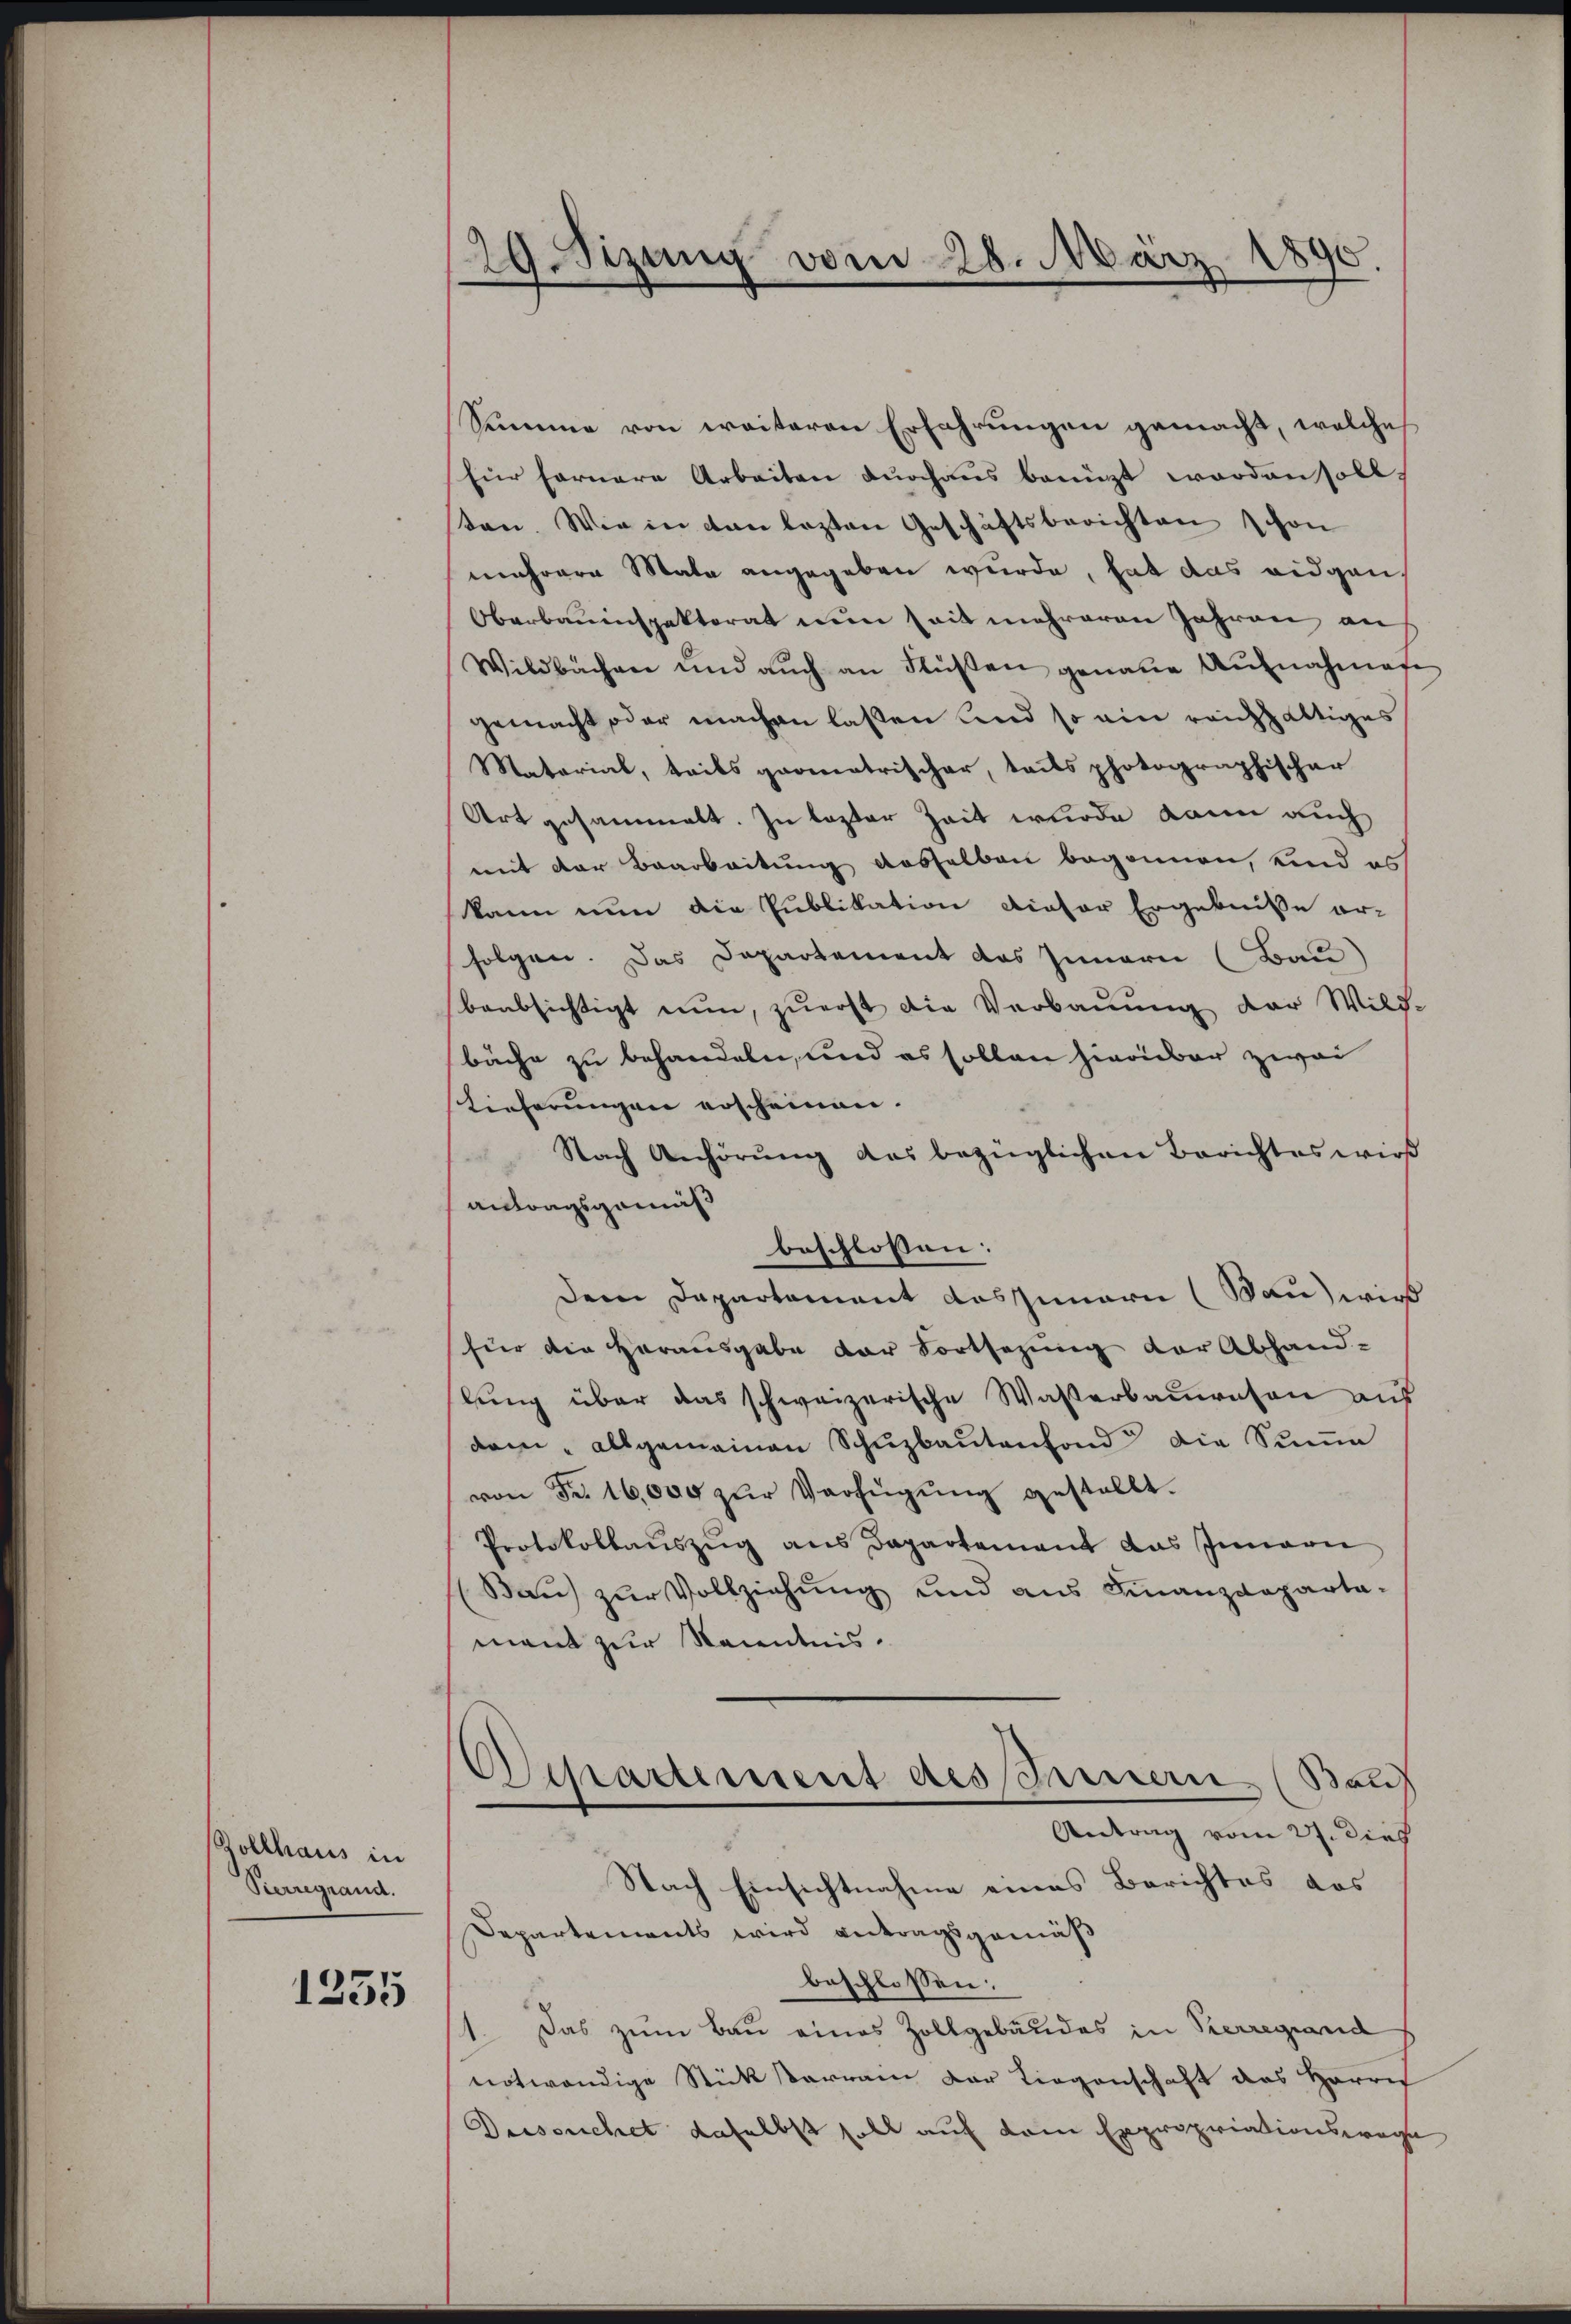
Rollhaus in
Pierregrand.

1255

29.Sizung vom 28. März 1890.

Summe von weiteren Erfahrungen gemacht, welche
Eür fernere Arbeiten durchaus benüzt worden soll.
sten. Wie in den lezten Geschäftsberichten schon
mehrere Mate angegeben wurde, hat das eidgen
Oberbauinspektorat nun seit mehreren Jahren an
Wildbachen und aŭch an Flüßen genaue Aŭfnahmen
gemacht oder machen lassen und so ein reichhaltiges
Matarial, teils geometrischer, teils photographischer
Art gesammelt. In lezter Zeit wurde kann auch
mit der Baarbeitung dasselben begonnen, und es
kann nun die Publikation dieser Ergebniße er-
folgen. Das Departement das Innern (Bau)
baabsichtigt nun, zuerst die Verbauung der Wild-
bäche zu behandeln, und es sollen hierüber zwei
Kieferungen erscheinen.
Nach Anhörŭng des bezüglichen Berichtes wird
antragsgemäß
beschlossen:
Dem Departement das Innern (Wau) wirk
hier die Herausgabe der Fortsezung der Abhand-
hlung über das schweizerische Waßerbauwesen auf
dam allgemeinen Schŭzbautenfond die Sume
von Fr. 16,000 zŭr Verfügŭng gestellt.
Protokollauszug aus Departement das Innern
(Baŭ zŭr Vollziehŭng und ans Finanzdeparta-
mant zur Kenntnis.
Departement des Innern (Bau
Antrag vom 27. dieß
Nach Einsichtnahme eines Berichtes das
Departements wird antragsgemäß
beschlossen:
1. Das zum Bau eines Zollgebäudes in Herregiand
notwendige Stück errain der Liegenschaft des Herre
Dussuchet daselbst soll auf dem Expropriationswage